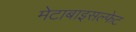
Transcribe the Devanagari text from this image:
मेटाबाइसल्फेट